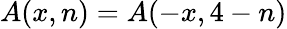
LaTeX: A(x,n)=A(-x,4-n)